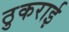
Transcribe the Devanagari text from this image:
ठुकराई